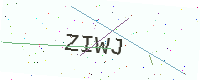
Text: ZIWJ